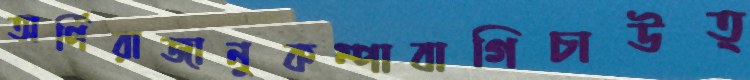
অর্পিরাজানুকম্পাবাগিচাউত্